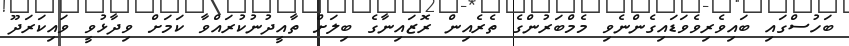
ބަހުސްގައި ބައިވެރިވެވަޑައިގެންނެވި މެމްބަރުންގެ ތެރެއިން ރޮޒައިނާގެ ބިލަށް ތާއީދުނުކުރައްވާ ކަމަށް ވިދާޅުވީ ވައިކަރަދޫ